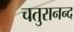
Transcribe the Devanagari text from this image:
चतुरानन्द